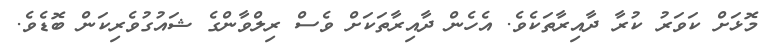
މޮޅަށް ކަވަރު ކުރާ ދާއިރާތަކެވެ. އެހެން ދާއިރާތަކަށް ވެސް ރިލްވާންގެ ޝައުގުވެރިކަން ބޮޑެވެ.